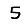
Digit: 5